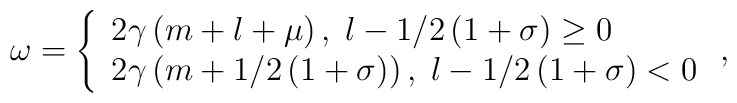
\omega =\left\{ \begin{array}{l}2\gamma \left( m+l+\mu \right) ,\;{}l-1/2\left( 1+\sigma \right) \geq 0 \\ 2\gamma \left( m+1/2\left( 1+\sigma \right) \right) ,\;{}l-1/2\left(1+\sigma \right) <0\end{array}\right. ,